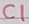
Text: C1